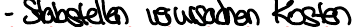
- Stabstellen verursachen Kosten